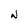
Character: N